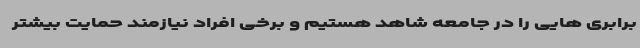
برابری هایی را در جامعه شاهد هستیم و برخی افراد نیازمند حمایت بیشتر